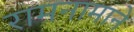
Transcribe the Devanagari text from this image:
रामनामाने